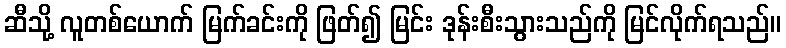
ဆီသို့ လူတစ်ယောက် မြက်ခင်းကို ဖြတ်၍ မြင်း ဒုန်းစီးသွားသည်ကို မြင်လိုက်ရသည်။